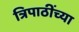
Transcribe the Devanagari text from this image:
त्रिपाठींच्या